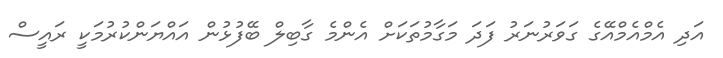
އަދި އެމްއެމްއޭގެ ގަވަރުނަރު ފަދަ މަގާމުތަކަށް އެންމެ ގާބިލް ބޭފުޅުން އައްޔަންކުރުމަކީ ރައީސް